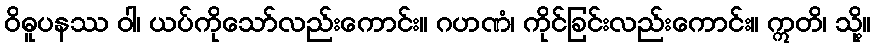
ဝိဓူပနဿ ဝါ၊ ယပ်ကိုသော်လည်းကောင်း။ ဂဟဏံ၊ ကိုင်ခြင်းလည်းကောင်း။ ဣတိ၊ သို့။